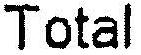
TOTAL